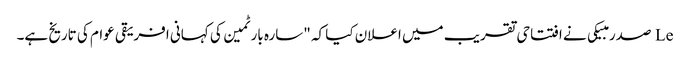
Le صدر مبیکی نے افتتاحی تقریب میں اعلان کیا کہ "سارہ بارٹمین کی کہانی افریقی عوام کی تاریخ ہے۔